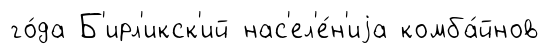
го́да Б'ирл'икск'ий нас'ел'е́н'иjа комба́йнов